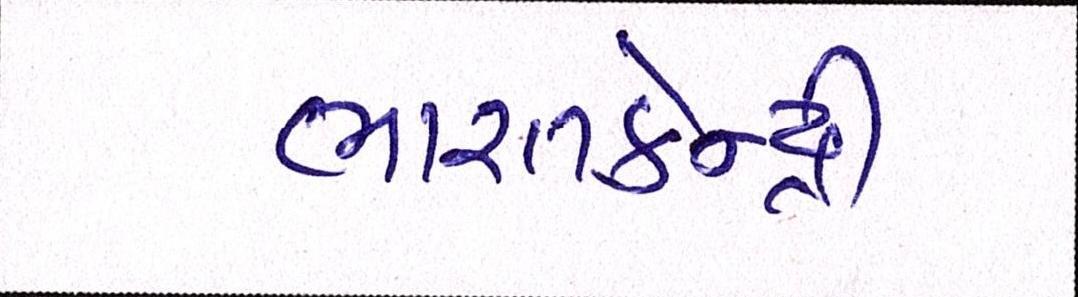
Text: ભારતકેન્દ્રી